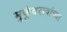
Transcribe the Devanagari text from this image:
मुकुंदरावांच्या